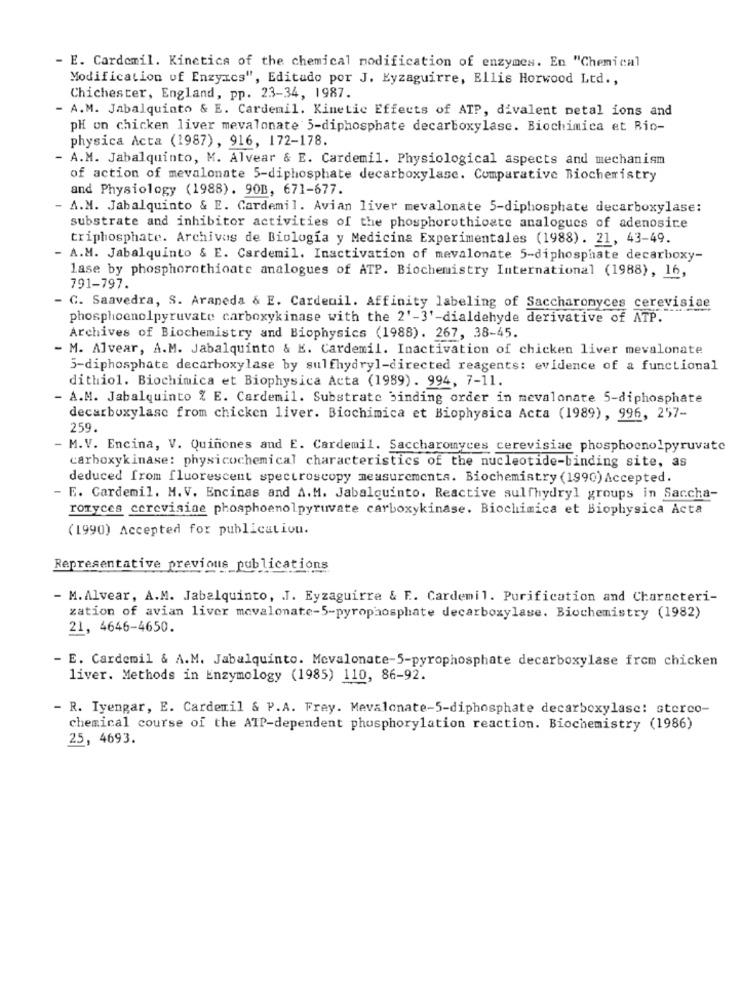
- E. Cardomil. Kinetics of the chemical modification of enzymes. En "Chemical
Modification of Enzyics", Editado por J. Eyzaguirre, Ellis Horwood Ltd .,
Chichester, England, pp. 23-34, 1987.
- A.M. Jabalquinto & E. Cardemil. Kinetic Effects of ATP, divalent metal ions and
pH on chicken liver mevalonate 5-diphosphate decarboxylase. Biochimica et Rio-
physica Acta (1987), 916, 172-178.
- A.M. Jabalquinto, M. Alvear & E. Cardemil. Physiological aspects and mechanism
of action of mevalonate 5-diphosphate decarboxylase. Comparative Biochemistry
and Physiology (1988). 90B, 671-677.
A.M. Jabalquinto & E. Cardemil. Avian liver mevalonate 5-diphosphate decarboxylase:
substrate and inhibitor activities of the phosphorothicate analogues of adenosire
triphosphate. Archivos de Biología y Medicine Experimentales (1988). 21, 43-49.
A.M. Jabalquinto & E. Cardemil. Inactivation of mevalonate 5-diphosphate decarboxy-
lase by phosphorothioate analogues of ATP. Biochemistry International (1988), 16,
791-797.
C. Saavedra, S. Araneda & E. Cardenil. Affinity labeling of Saccharomyces cerevisiae
phosphoenolpyruvate carboxykinase with the 2'-3'-dialdehyde derivative of ATP.
Archives of Biochemistry and Biophysics (1988). 267, 38-45.
M. Alvear, A.M. Jabalquinto & E. Cardemil. Inactivation of chicken liver mevalonate
5-diphosphate decarboxylase by sulfhydry1-directed reagents: evidence of a functional
dithiol. Biochimica et Biophysica Acta (1989). 994, 7-11.
A.M. Jabalquinto % E. Cardemil. Substrate binding order in mevalonate 5-diphosphate
decarboxylase from chicken liver. Biochimica et Biophysica Acta (1989), 996, 257-
259.
- M.V. Encina, V. Quiñones and E. Cardemil. Saccharomyces cerevisiac phosphoenolpyruvate
carboxykinase: physicochemical characteristics of the nucleotide-binding site, as
deduced from fluorescent spectroscopy measurements. Biochemistry (1990) Accepted.
- E. Cardemil. M.V. Encinas and A.M. Jabalquinto. Reactive sulfhydry1 groups in Saccha-
roryces cerevisiae phosphoenolpyruvate carboxykinase. Biochimica et Biophysica Acta
(1990) Accepted for publication.
Representative previous_publications
- M. Alvear, A.M. Jabalquinto, J. Eyzaguirre & E. Cardemil. Purification and Characteri-
zation of avian liver mevalonate-5-pyrophosphate decarboxylase. Biochemistry (1982)
21, 4646-4650.
- E. Cardemil & A.M. Jabalquinto. Mevalonate-5-pyrophosphate decarboxylase from chicken
liver. Methods in Enzymology (1985) 110, 86-92.
- R. Iyengar, E. Cardemil & P.A. Frey. Mevalonate-5-diphosphate decarboxylase: sterco-
chemical course of the ATP-dependent phosphorylation reaction. Biochemistry (1986)
25, 4693.